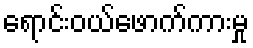
ရောင်းဝယ်ဖောက်ကားမှု